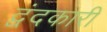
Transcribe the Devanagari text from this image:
द्वंदकारी